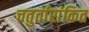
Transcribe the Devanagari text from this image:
चतुर्तारांकित